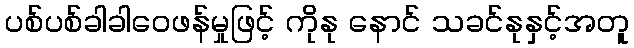
ပစ်ပစ်ခါခါဝေဖန်မှုဖြင့် ကိုနု နောင် သခင်နုနှင့်အတူ